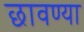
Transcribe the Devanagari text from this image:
छावण्‍या